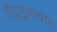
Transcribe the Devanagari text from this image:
तोटुपुज़ायार्